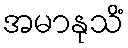
အမာနုသိံ